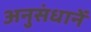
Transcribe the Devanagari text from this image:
अनुसंधानें